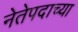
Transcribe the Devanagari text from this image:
नेतेपदाच्या